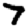
Digit: 7